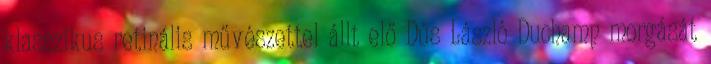
klasszikus retinális művészettel állt elő Dús László Duchamp morgását